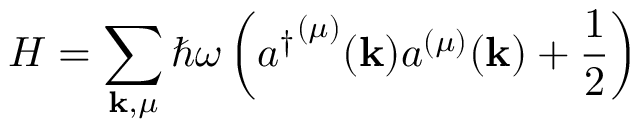
H = \sum _ { \mathbf { k } , \mu } \hbar \omega \left( { a ^ { \dagger } } ^ { ( \mu ) } ( \mathbf { k } ) a ^ { ( \mu ) } ( \mathbf { k } ) + { \frac { 1 } { 2 } } \right)